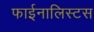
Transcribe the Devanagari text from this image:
फाईनालिस्टस